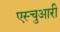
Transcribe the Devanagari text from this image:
एस्चुआरी